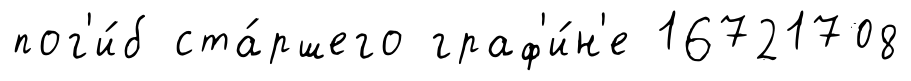
пог'и́б ста́ршего граф'и́н'е 16721708